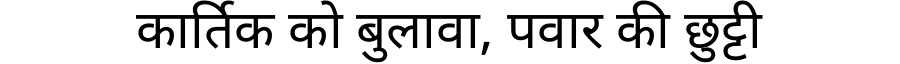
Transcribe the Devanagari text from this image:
कार्तिक को बुलावा, पवार की छुट्टी